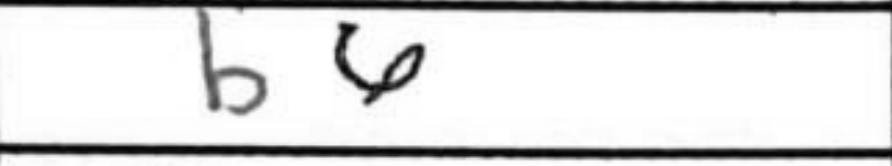
Transcription: b6